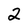
Character: 2